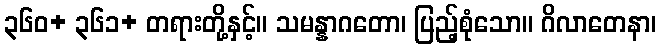
၃၆၀+ ၃၆၁+ တရားတို့နှင့်။ သမန္နာဂတော၊ ပြည့်စုံသော။ ဂိလာတေနာ၊